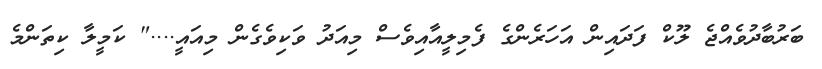
ބަރުބާދުވެއްޖެ ލޫކް ފަދައިން އަހަރެންގެ ފެމިލީއާއިވެސް މިއަދު ވަކިވެގެން މިއައީ...." ކަމީލާ ކިތަންމެ